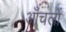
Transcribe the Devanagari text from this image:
आँचलों